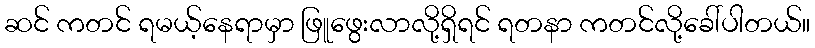
ဆင် ကတင် ရမယ့်နေရာမှာ ဖြူဖွေးလာလို့ရှိရင် ရတနာ ကတင်လို့ခေါ်ပါတယ်။